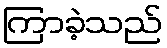
ကြာခဲ့သည်